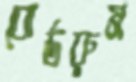
বোর্ডরুম